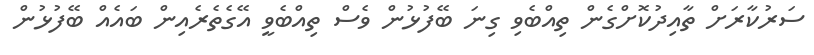
ސަރުކާރަށް ތާއިދުކޮށްގެން ތިއްބެވި ގިނަ ބޭފުޅުން ވެސް ތިއްބެވީ އޭގެތެރެއިން ބައެއް ބޭފުޅުން